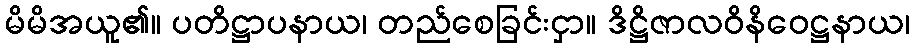
မိမိအယူ၏။ ပတိဋ္ဌာပနာယ၊ တည်စေခြင်းငှာ။ ဒိဋ္ဌိဇာလဝိနိဝေဋ္ဌနာယ၊